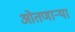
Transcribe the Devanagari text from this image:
ओतणाऱ्या